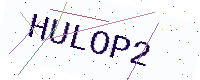
Text: HULOP2